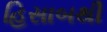
હિસાબથી